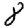
Digit: 8